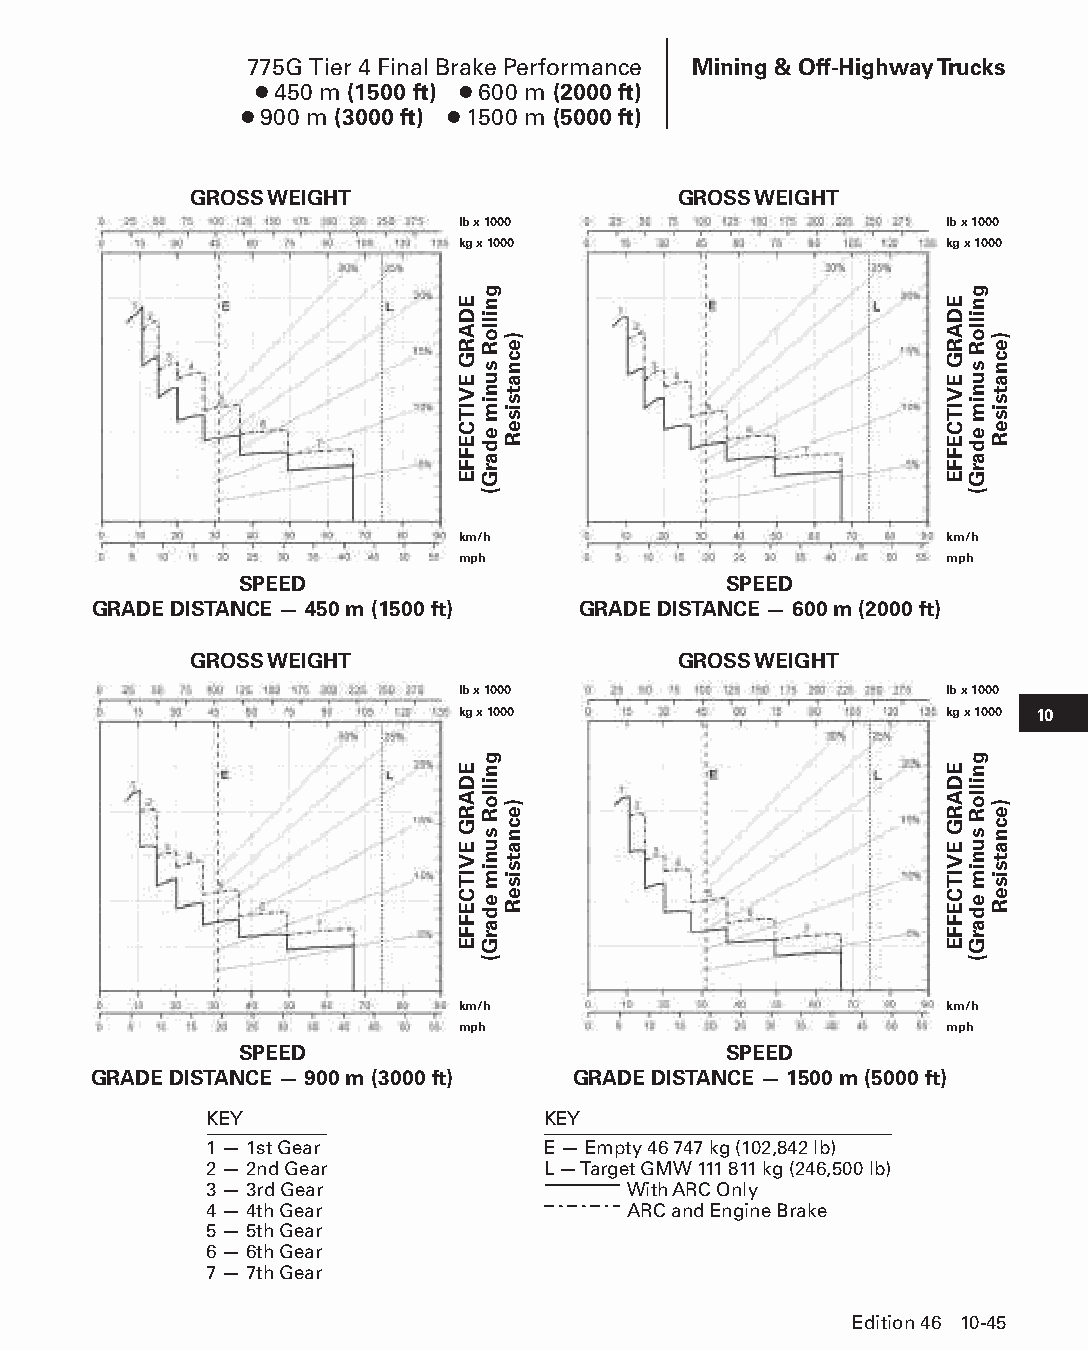
775G Tier 4 Final Brake Performance Mining & Off-Highway Trucks
 ● 450 m (1500 ft) ● 600 m (2000 ft)
 ● 900 m (3000 ft) ● 1500 m (5000 ft)
 GROSS WEIGHT                    GROSS WEIGHT
 lb x 1000                       lb x 1000
 kg x 1000                       kg x 1000
 km/h                            km/h
 mph                             mph
 SPEED                           SPEED
 GRADE DISTANCE — 450 m (1500 ft) GRADE DISTANCE — 600 m (2000 ft)
 GROSS WEIGHT                    GROSS WEIGHT
 lb x 1000                       lb x 1000
 kg x 1000                       kg x 1000 10
 km/h                            km/h
 mph                             mph
 SPEED                           SPEED
 GRADE DISTANCE — 900 m (3000 ft) GRADE DISTANCE — 1500 m (5000 ft)
 KEY                   KEY
 1 — 1st Gear          E — Empty 46 747 kg (102,842 lb)
 2 — 2nd Gear          L — Target GMW 111 811 kg (246,500 lb)
 3 — 3rd Gear                With ARC Only
 4 — 4th Gear                ARC and Engine Brake
 5 — 5th Gear
 6 — 6th Gear
 7 — 7th Gear
 Edition 46 10-45
 PPHHBB--SSeecc1100((ppgg0011--5522))..iinndddd 4455            1122//44//1155 1100::4444 AAMM
 EDARG
 EVITCEFFE
 EDARG
 EVITCEFFE
 gnilloR
 sunim
 edarG(
 gnilloR
 sunim
 edarG(
 )ecnatsiseR
 )ecnatsiseR
 EDARG
 EVITCEFFE
 EDARG
 EVITCEFFE
 gnilloR
 sunim
 edarG(
 gnilloR
 sunim
 edarG(
 )ecnatsiseR
 )ecnatsiseR